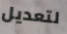
لتعديل